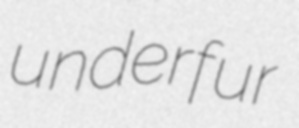
underfur